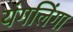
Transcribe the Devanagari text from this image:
यंगलिंगा